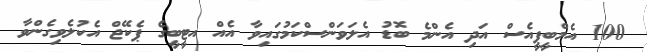
100 އެމްބީޕީއެސް އަދި އެންމެ ބޮޑު އެލަވަންސްކަމުގައިވާ އެއް އޓީބީގެ ޕެކޭޖް އެކުލެވިގެންވާ